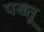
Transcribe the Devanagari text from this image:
पख्तू